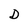
Character: D